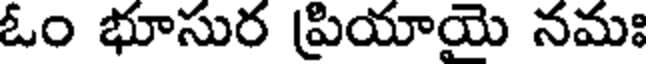
ఓం భూసుర ప్రియాయె నమః